Vaccine operations Central Provinces & Berar 1922-1929 - 1922-1929
Year: 1922
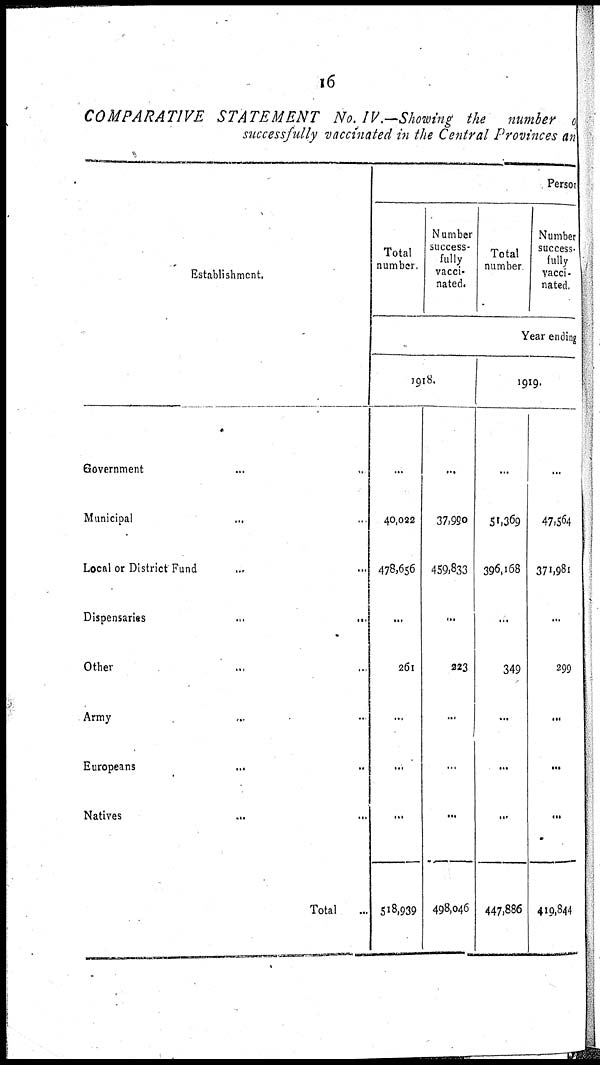
16
COMPARATIVE
STATEMENT
No.IV.—Showing the number of
successfully vaccinated in the Central Provinces an
Establishment.
Government
...
...
Municipal ... ...
Local or District Fund ... ...
Dispensaries
...
...
Other ... ...
Army ... ...
Europeans ... ...
Natives ... ...
Total ...
Person
Total
number.
Number
success-
fully
vacci-
nated.
Total
number
Number
success-
fully
vacci-
nated.
Year ending
1918.
...
40,022
478,656
...
261
...
...
...
518,939
...
37,990
459,833
...
223
...
...
...
498,046
1919.
...
51,369
396,168
...
349
...
...
...
447,886
...
47,564
371,981
...
299
...
...
...
419,844